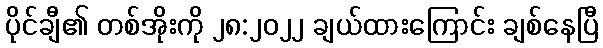
ပိုင်ချီ၏ တစ်အိုးကို ၂၈:၂၀၂၂ ချယ်ထားကြောင်း ချစ်နေပြီ